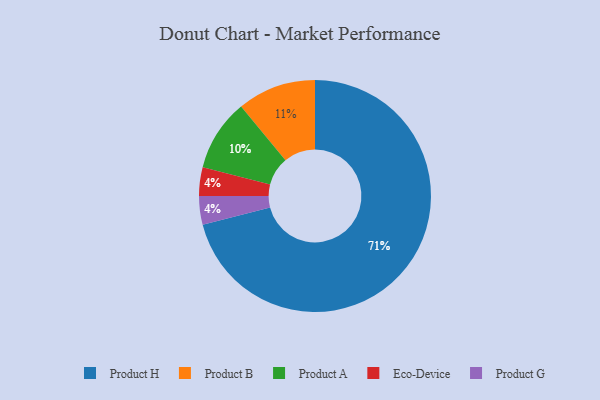
{"axis": {"x": "Category", "y": "Percentage"}, "legend": ["Eco-Device", "Product A", "Product B", "Product G", "Product H"], "data": [{"x": "Eco-Device", "y": 4, "type": "Eco-Device"}, {"x": "Product A", "y": 10, "type": "Product A"}, {"x": "Product B", "y": 11, "type": "Product B"}, {"x": "Product H", "y": 71, "type": "Product H"}, {"x": "Product G", "y": 4, "type": "Product G"}]}